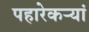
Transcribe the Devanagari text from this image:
पहारेकऱ्यां